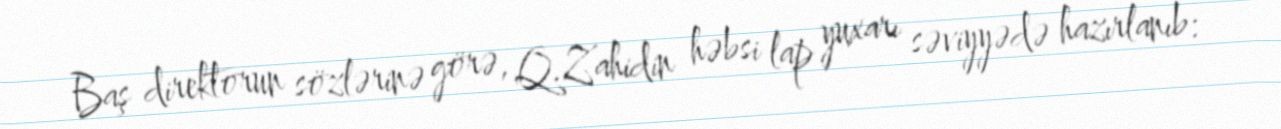
Baş direktorun sözlərinə görə, Q.Zahidin həbsi lap yuxarı səviyyədə hazırlanıb: